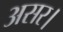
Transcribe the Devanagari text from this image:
असर।